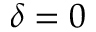
\delta = 0